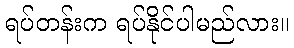
ရပ်တန်းက ရပ်နိုင်ပါမည်လား။